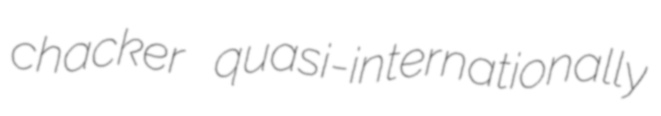
chacker quasi-internationally